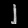
Digit: ၂